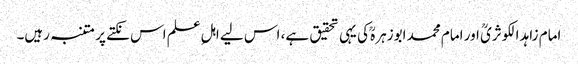
امام زاہد الکوثریؒ اور امام محمد ابوزہرہؒ کی یہی تحقیق ہے، اس لیے اہلِ علم اس نکتے پر متنبہ رہیں۔